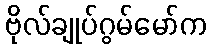
ဗိုလ်ချုပ်ဂွမ်မော်က